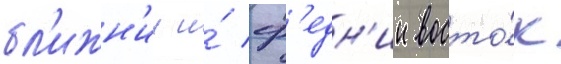
бл'ижн'ии и́ ср'едн'ии восто́к